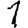
Digit: 1